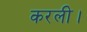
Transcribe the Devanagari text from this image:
करली।